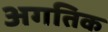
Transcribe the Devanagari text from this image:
अगतिक